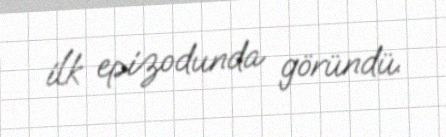
ilk epizodunda göründü.